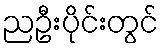
ညဦးပိုင်းတွင်